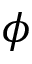
\phi